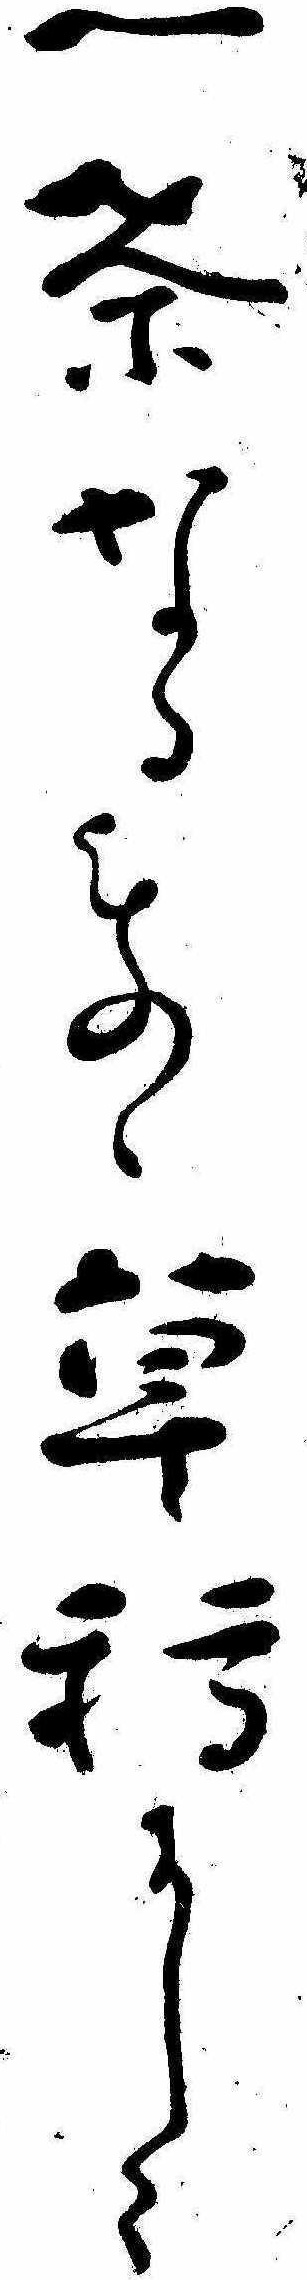
一茶なるものゝ草稿にして